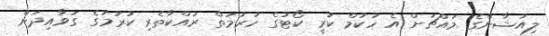
ލިއުޝާންގެ މައްޗަށް އެ ހުކުމް ކުރީ ކޯޓުގެ ހުރުމަތް ރައްކާތެރި ކުރުމުގެ ގަވާއިދަށް